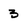
Character: 3